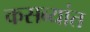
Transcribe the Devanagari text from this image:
कसब्यांत